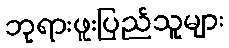
ဘုရားဖူးပြည်သူများ